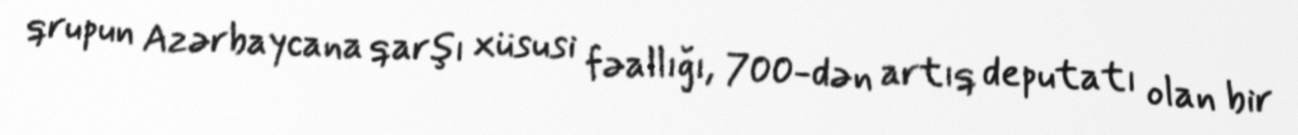
qrupun Azərbaycana qarşı xüsusi fəallığı, 700-dən artıq deputatı olan bir